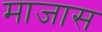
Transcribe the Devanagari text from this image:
माजास